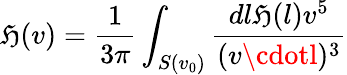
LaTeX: \mathfrak{H}(v)={\frac{{1}}{{3\pi}}}\int_{S(v_{0})}{\frac{{dl\mathfrak{H}(l)v^{5}}}{{(v\cdotl)^{3}}}}